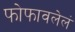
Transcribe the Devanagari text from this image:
फोफावलेलं